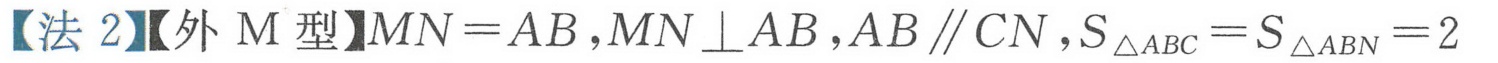
【法2】【外\(M\)型】\(MN = AB\)，\(MN\perp AB\)，\(AB\parallel CN\)，\(S_{\triangle ABC}=S_{\triangle ABN}=2\)